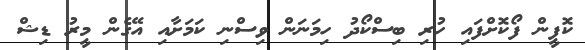
ކޮފީން ފޯކޮށްފައި ހުރި ބިސްކޯދު ހިމަނަން ވިސްނި ކަމަށާއި އޭގެން މީރު ޑިޝް